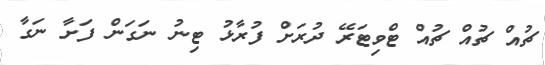
ޗުއް ޗުއް ޗުއް ޓްވިޓަރޭ ދުރަށް ފުރާޅު ޓިނު ނަގަން ފަށާ ނަގާ